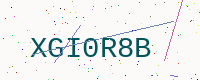
Text: XGI0R8B